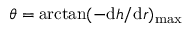
\theta = \arctan ( - \mathrm { d } h / \mathrm { d } r ) _ { \mathrm { m a x } }